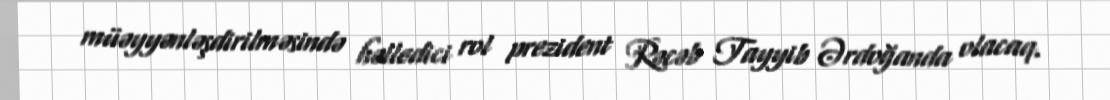
müəyyənləşdirilməsində həlledici rol prezident Rəcəb Tayyib Ərdoğanda olacaq.